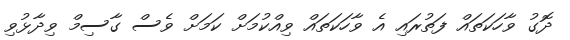
ދޮގު ވާހަކަތައް ފަތުރައި އެ ވާހަކަތައް ވިއްކުމަށް ކަމަށް ވެސް ގާސިމް ވިދާޅުވި